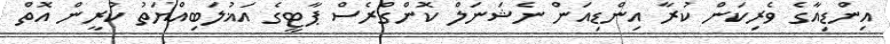
އިންޑިއާގެ ވެރިކަން ކުރާ އިންޑިއަން ނެޝަނަލް ކޮންގްރެސް ޕާޓީގެ އަޣުލަބިއްޔަތު ކުރީން އޮތް